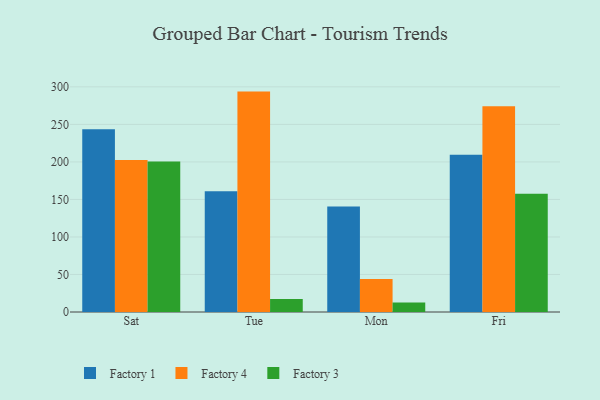
{"axis": {"x": "Day", "y": "Market Share (%)"}, "legend": ["Factory 1", "Factory 3", "Factory 4"], "data": [{"x": "Sat", "y": 243.4, "type": "Factory 1"}, {"x": "Sat", "y": 202.6, "type": "Factory 4"}, {"x": "Sat", "y": 200.6, "type": "Factory 3"}, {"x": "Tue", "y": 160.8, "type": "Factory 1"}, {"x": "Tue", "y": 293.7, "type": "Factory 4"}, {"x": "Tue", "y": 17.3, "type": "Factory 3"}, {"x": "Mon", "y": 140.5, "type": "Factory 1"}, {"x": "Mon", "y": 44.1, "type": "Factory 4"}, {"x": "Mon", "y": 12.7, "type": "Factory 3"}, {"x": "Fri", "y": 209.4, "type": "Factory 1"}, {"x": "Fri", "y": 274.1, "type": "Factory 4"}, {"x": "Fri", "y": 157.7, "type": "Factory 3"}]}